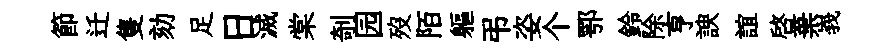
節迁隻劾足日滅棠剞园歿陌軀弔姿个鄂鈴除亨諛誼啓棄峩